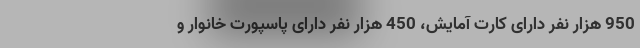
950 هزار نفر دارای کارت آمایش، 450 هزار نفر دارای پاسپورت خانوار و